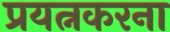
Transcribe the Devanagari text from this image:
प्रयत्नकरना